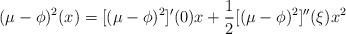
LaTeX: \begin{align*}(\mu-\phi)^2(x)=[(\mu-\phi)^2]^{\prime}(0)x+\frac{1}{2}[(\mu-\phi)^2]^{\prime\prime}(\xi)x^2\end{align*}